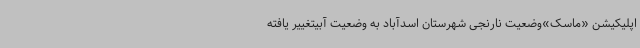
اپلیکیشن «ماسک»وضعیت نارنجی شهرستان اسدآباد به وضعیت آبیتغییر یافته